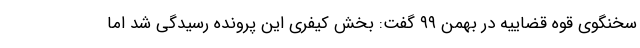
سخنگوی قوه قضاییه در بهمن ۹۹ گفت: بخش کیفری این پرونده رسیدگی شد اما